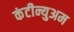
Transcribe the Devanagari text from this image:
कंटीन्युअम